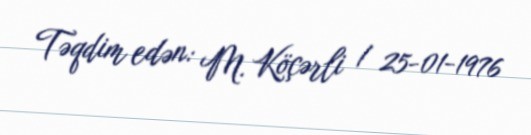
Təqdim edən: M. Köçərli / 25-01-1976